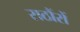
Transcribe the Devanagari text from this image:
राठौंरों